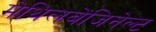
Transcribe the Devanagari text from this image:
मेथिलबेंजिनेल्ट